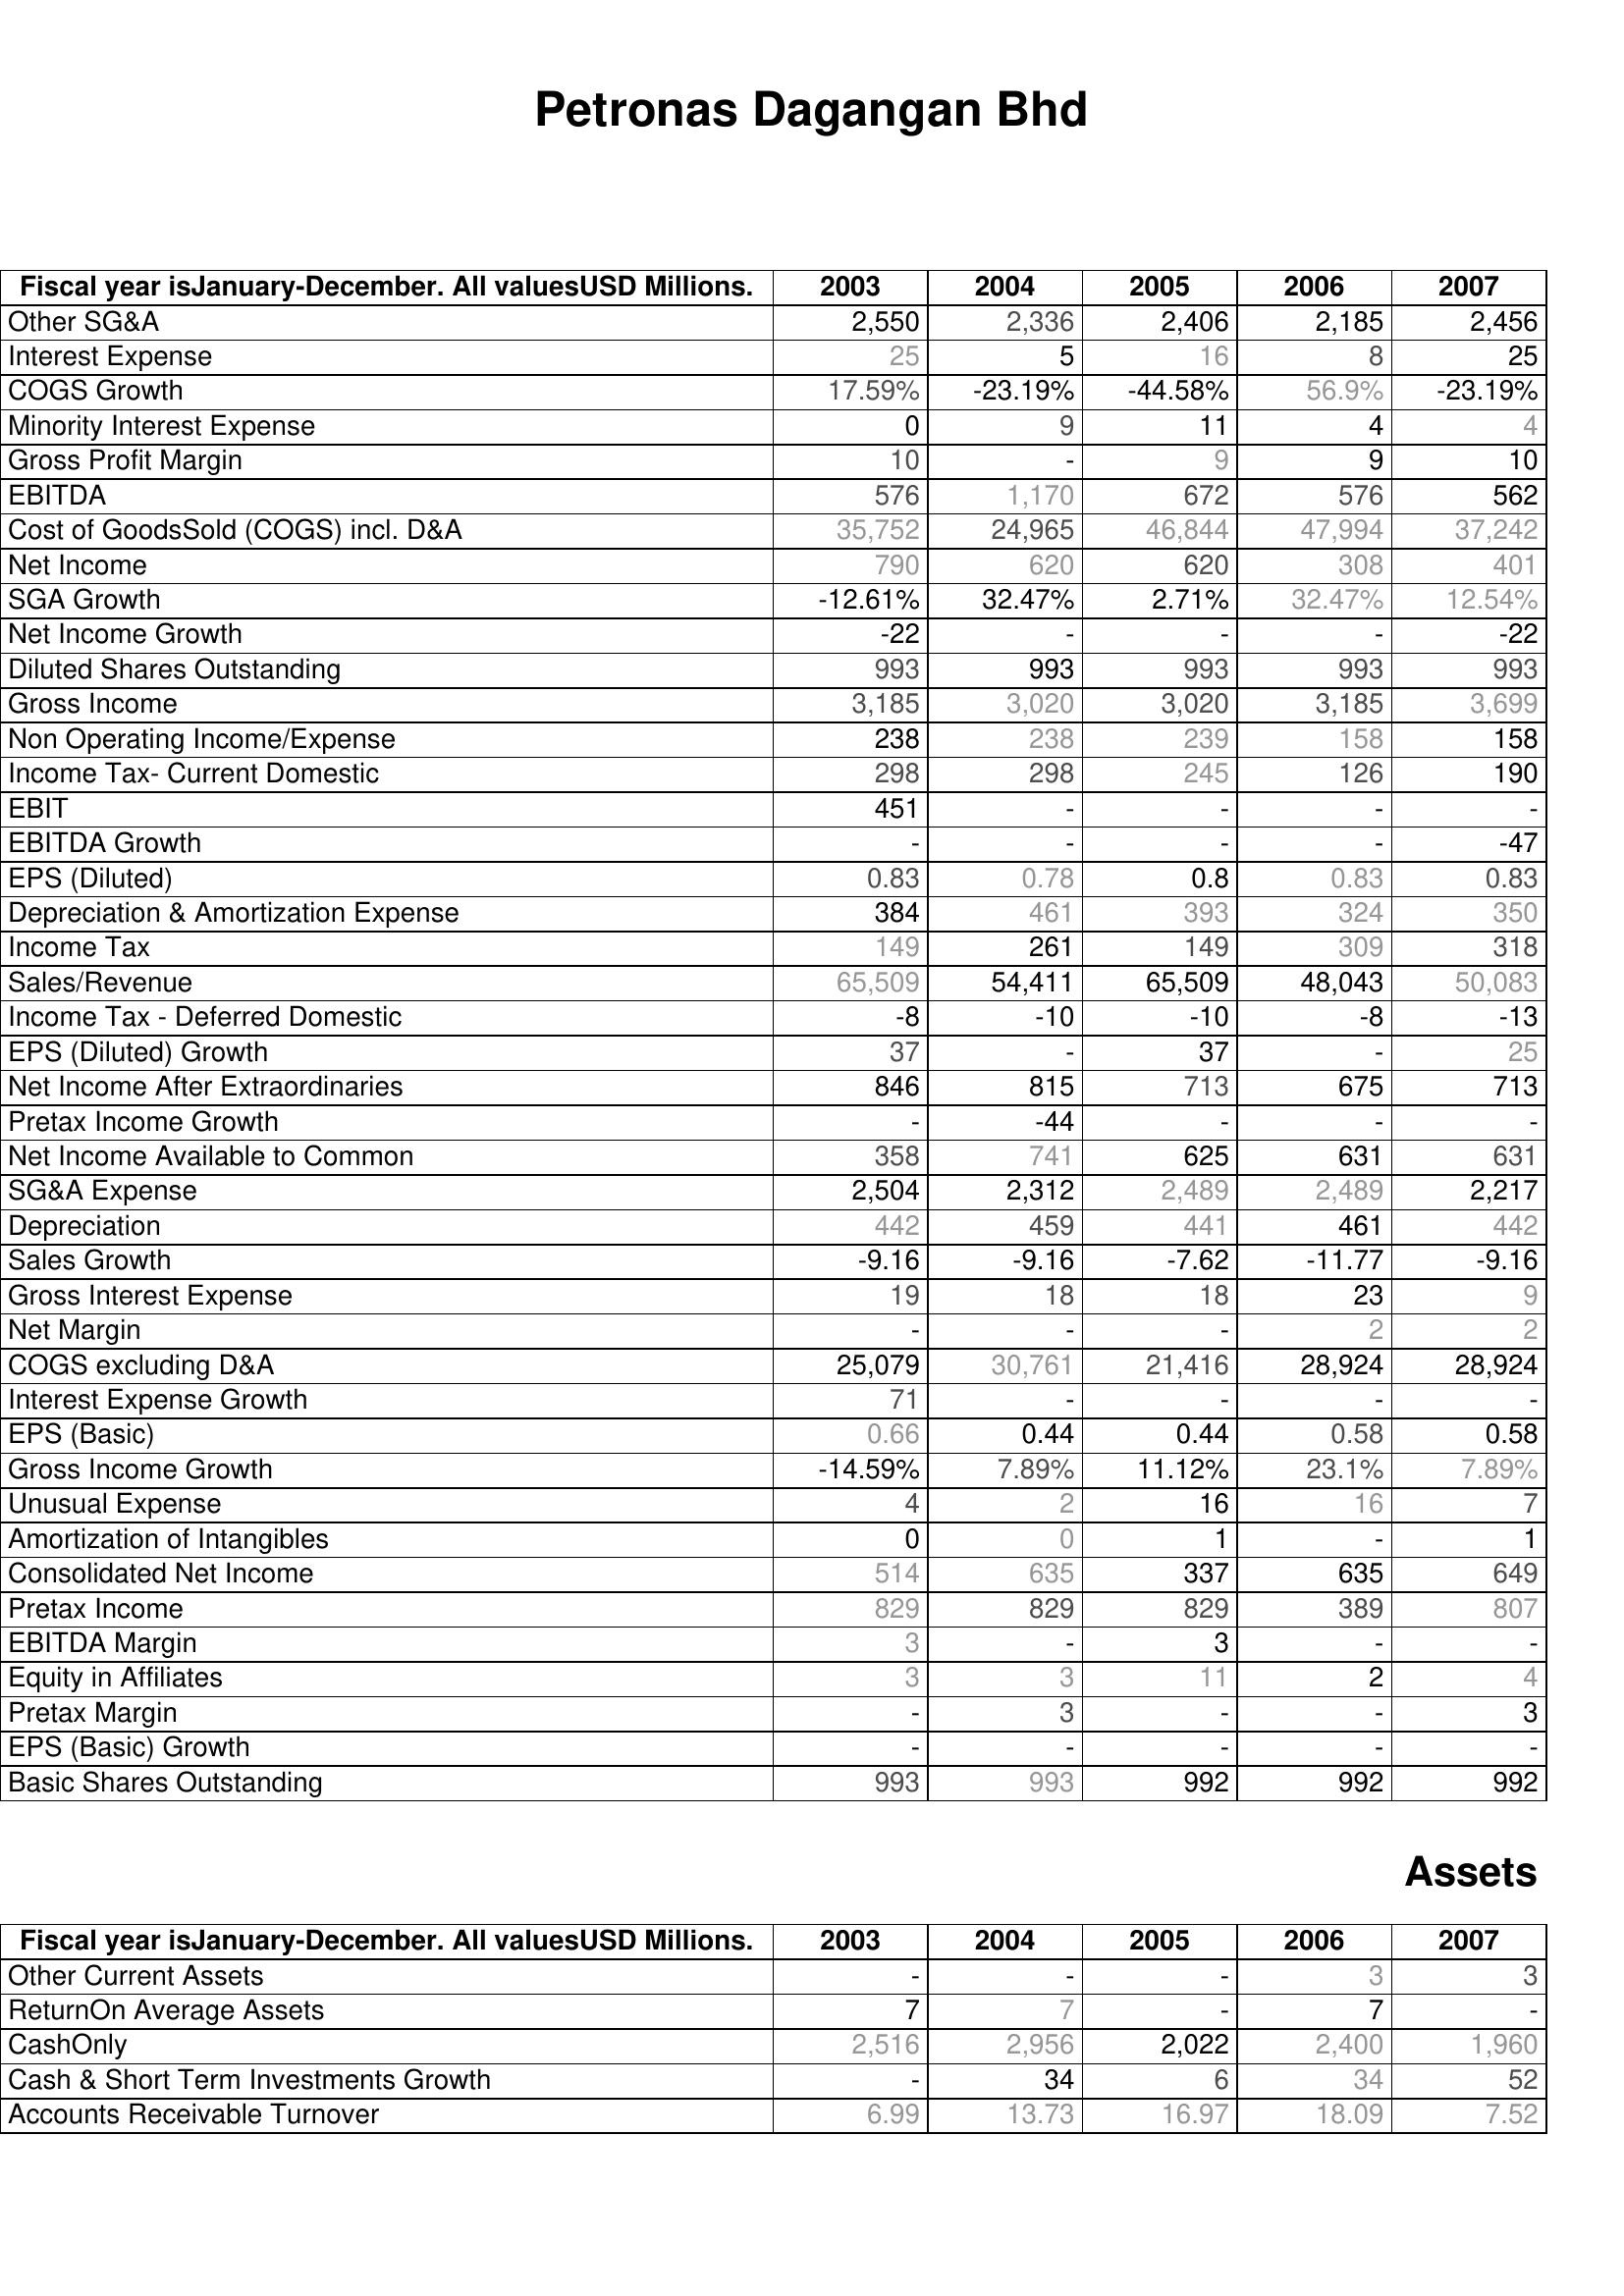
2003: : Other SG&A: 2,550
Interest Expense: 25
COGS Growth: 17.59%
Minority Interest Expense: 0
Gross Profit Margin: 10
EBITDA: 576
Cost of GoodsSold (COGS) incl. D&A: 35,752
Net Income: 790
SGA Growth: -12.61%
Net Income Growth: -22
Diluted Shares Outstanding: 993
Gross Income: 3,185
Non Operating Income/Expense: 238
Income Tax- Current Domestic: 298
EBIT: 451
EBITDA Growth: -
EPS (Diluted): 0.83
Depreciation & Amortization Expense: 384
Income Tax: 149
Sales/Revenue: 65,509
Income Tax - Deferred Domestic: -8
EPS (Diluted) Growth: 37
Net Income After Extraordinaries: 846
Pretax Income Growth: -
Net Income Available to Common: 358
SG&A Expense: 2,504
Depreciation: 442
Sales Growth: -9.16
Gross Interest Expense: 19
Net Margin: -
COGS excluding D&A: 25,079
Interest Expense Growth: 71
EPS (Basic): 0.66
Gross Income Growth: -14.59%
Unusual Expense: 4
Amortization of Intangibles: 0
Consolidated Net Income: 514
Pretax Income: 829
EBITDA Margin: 3
Equity in Affiliates: 3
Pretax Margin: -
EPS (Basic) Growth: -
Basic Shares Outstanding: 993
Assets: Other Current Assets: -
ReturnOn Average Assets: 7
CashOnly: 2,516
Cash & Short Term Investments Growth: -
Accounts Receivable Turnover: 6.99
2004: : Other SG&A: 2,336
Interest Expense: 5
COGS Growth: -23.19%
Minority Interest Expense: 9
Gross Profit Margin: -
EBITDA: 1,170
Cost of GoodsSold (COGS) incl. D&A: 24,965
Net Income: 620
SGA Growth: 32.47%
Net Income Growth: -
Diluted Shares Outstanding: 993
Gross Income: 3,020
Non Operating Income/Expense: 238
Income Tax- Current Domestic: 298
EBIT: -
EBITDA Growth: -
EPS (Diluted): 0.78
Depreciation & Amortization Expense: 461
Income Tax: 261
Sales/Revenue: 54,411
Income Tax - Deferred Domestic: -10
EPS (Diluted) Growth: -
Net Income After Extraordinaries: 815
Pretax Income Growth: -44
Net Income Available to Common: 741
SG&A Expense: 2,312
Depreciation: 459
Sales Growth: -9.16
Gross Interest Expense: 18
Net Margin: -
COGS excluding D&A: 30,761
Interest Expense Growth: -
EPS (Basic): 0.44
Gross Income Growth: 7.89%
Unusual Expense: 2
Amortization of Intangibles: 0
Consolidated Net Income: 635
Pretax Income: 829
EBITDA Margin: -
Equity in Affiliates: 3
Pretax Margin: 3
EPS (Basic) Growth: -
Basic Shares Outstanding: 993
Assets: Other Current Assets: -
ReturnOn Average Assets: 7
CashOnly: 2,956
Cash & Short Term Investments Growth: 34
Accounts Receivable Turnover: 13.73
2005: : Other SG&A: 2,406
Interest Expense: 16
COGS Growth: -44.58%
Minority Interest Expense: 11
Gross Profit Margin: 9
EBITDA: 672
Cost of GoodsSold (COGS) incl. D&A: 46,844
Net Income: 620
SGA Growth: 2.71%
Net Income Growth: -
Diluted Shares Outstanding: 993
Gross Income: 3,020
Non Operating Income/Expense: 239
Income Tax- Current Domestic: 245
EBIT: -
EBITDA Growth: -
EPS (Diluted): 0.8
Depreciation & Amortization Expense: 393
Income Tax: 149
Sales/Revenue: 65,509
Income Tax - Deferred Domestic: -10
EPS (Diluted) Growth: 37
Net Income After Extraordinaries: 713
Pretax Income Growth: -
Net Income Available to Common: 625
SG&A Expense: 2,489
Depreciation: 441
Sales Growth: -7.62
Gross Interest Expense: 18
Net Margin: -
COGS excluding D&A: 21,416
Interest Expense Growth: -
EPS (Basic): 0.44
Gross Income Growth: 11.12%
Unusual Expense: 16
Amortization of Intangibles: 1
Consolidated Net Income: 337
Pretax Income: 829
EBITDA Margin: 3
Equity in Affiliates: 11
Pretax Margin: -
EPS (Basic) Growth: -
Basic Shares Outstanding: 992
Assets: Other Current Assets: -
ReturnOn Average Assets: -
CashOnly: 2,022
Cash & Short Term Investments Growth: 6
Accounts Receivable Turnover: 16.97
2006: : Other SG&A: 2,185
Interest Expense: 8
COGS Growth: 56.9%
Minority Interest Expense: 4
Gross Profit Margin: 9
EBITDA: 576
Cost of GoodsSold (COGS) incl. D&A: 47,994
Net Income: 308
SGA Growth: 32.47%
Net Income Growth: -
Diluted Shares Outstanding: 993
Gross Income: 3,185
Non Operating Income/Expense: 158
Income Tax- Current Domestic: 126
EBIT: -
EBITDA Growth: -
EPS (Diluted): 0.83
Depreciation & Amortization Expense: 324
Income Tax: 309
Sales/Revenue: 48,043
Income Tax - Deferred Domestic: -8
EPS (Diluted) Growth: -
Net Income After Extraordinaries: 675
Pretax Income Growth: -
Net Income Available to Common: 631
SG&A Expense: 2,489
Depreciation: 461
Sales Growth: -11.77
Gross Interest Expense: 23
Net Margin: 2
COGS excluding D&A: 28,924
Interest Expense Growth: -
EPS (Basic): 0.58
Gross Income Growth: 23.1%
Unusual Expense: 16
Amortization of Intangibles: -
Consolidated Net Income: 635
Pretax Income: 389
EBITDA Margin: -
Equity in Affiliates: 2
Pretax Margin: -
EPS (Basic) Growth: -
Basic Shares Outstanding: 992
Assets: Other Current Assets: 3
ReturnOn Average Assets: 7
CashOnly: 2,400
Cash & Short Term Investments Growth: 34
Accounts Receivable Turnover: 18.09
2007: : Other SG&A: 2,456
Interest Expense: 25
COGS Growth: -23.19%
Minority Interest Expense: 4
Gross Profit Margin: 10
EBITDA: 562
Cost of GoodsSold (COGS) incl. D&A: 37,242
Net Income: 401
SGA Growth: 12.54%
Net Income Growth: -22
Diluted Shares Outstanding: 993
Gross Income: 3,699
Non Operating Income/Expense: 158
Income Tax- Current Domestic: 190
EBIT: -
EBITDA Growth: -47
EPS (Diluted): 0.83
Depreciation & Amortization Expense: 350
Income Tax: 318
Sales/Revenue: 50,083
Income Tax - Deferred Domestic: -13
EPS (Diluted) Growth: 25
Net Income After Extraordinaries: 713
Pretax Income Growth: -
Net Income Available to Common: 631
SG&A Expense: 2,217
Depreciation: 442
Sales Growth: -9.16
Gross Interest Expense: 9
Net Margin: 2
COGS excluding D&A: 28,924
Interest Expense Growth: -
EPS (Basic): 0.58
Gross Income Growth: 7.89%
Unusual Expense: 7
Amortization of Intangibles: 1
Consolidated Net Income: 649
Pretax Income: 807
EBITDA Margin: -
Equity in Affiliates: 4
Pretax Margin: 3
EPS (Basic) Growth: -
Basic Shares Outstanding: 992
Assets: Other Current Assets: 3
ReturnOn Average Assets: -
CashOnly: 1,960
Cash & Short Term Investments Growth: 52
Accounts Receivable Turnover: 7.52